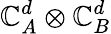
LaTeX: \mathbb{C}_{A}^{d}\otimes\mathbb{C}_{B}^{d}